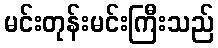
မင်းတုန်းမင်းကြီးသည်